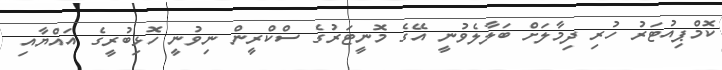
ކޮމްޕިއުޓަރު ހުރި ދިމާލަށް ބަލާލެވުނީ އޭގެ މޮނީޓަރުގެ ސްކްރީން ނިވުނީ ހޮޅިބުރީގެ އައްޔާއި